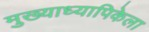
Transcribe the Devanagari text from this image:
मुख्याध्यापिकेला